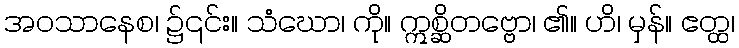
အဝသာနေစ၊ ၌၎င်း။ သံဃော၊ ကို။ ဣစ္ဆိတဗ္ဗော၊ ၏။ ဟိ၊ မှန်။ ဧတ္ထ၊